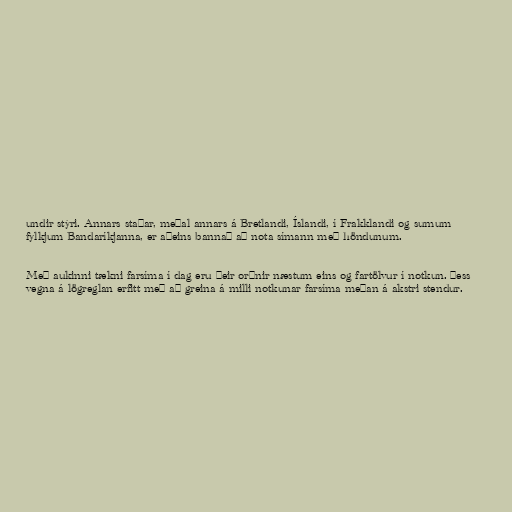
undir stýri. Annars staðar, meðal annars á Bretlandi, Íslandi, í Frakklandi og sumum
fylkjum Bandaríkjanna, er aðeins bannað að nota símann með höndunum.

Með aukinni tækni farsíma í dag eru þeir orðnir næstum eins og fartölvur í notkun. Þess
vegna á lögreglan erfitt með að greina á milli notkunar farsíma meðan á akstri stendur.